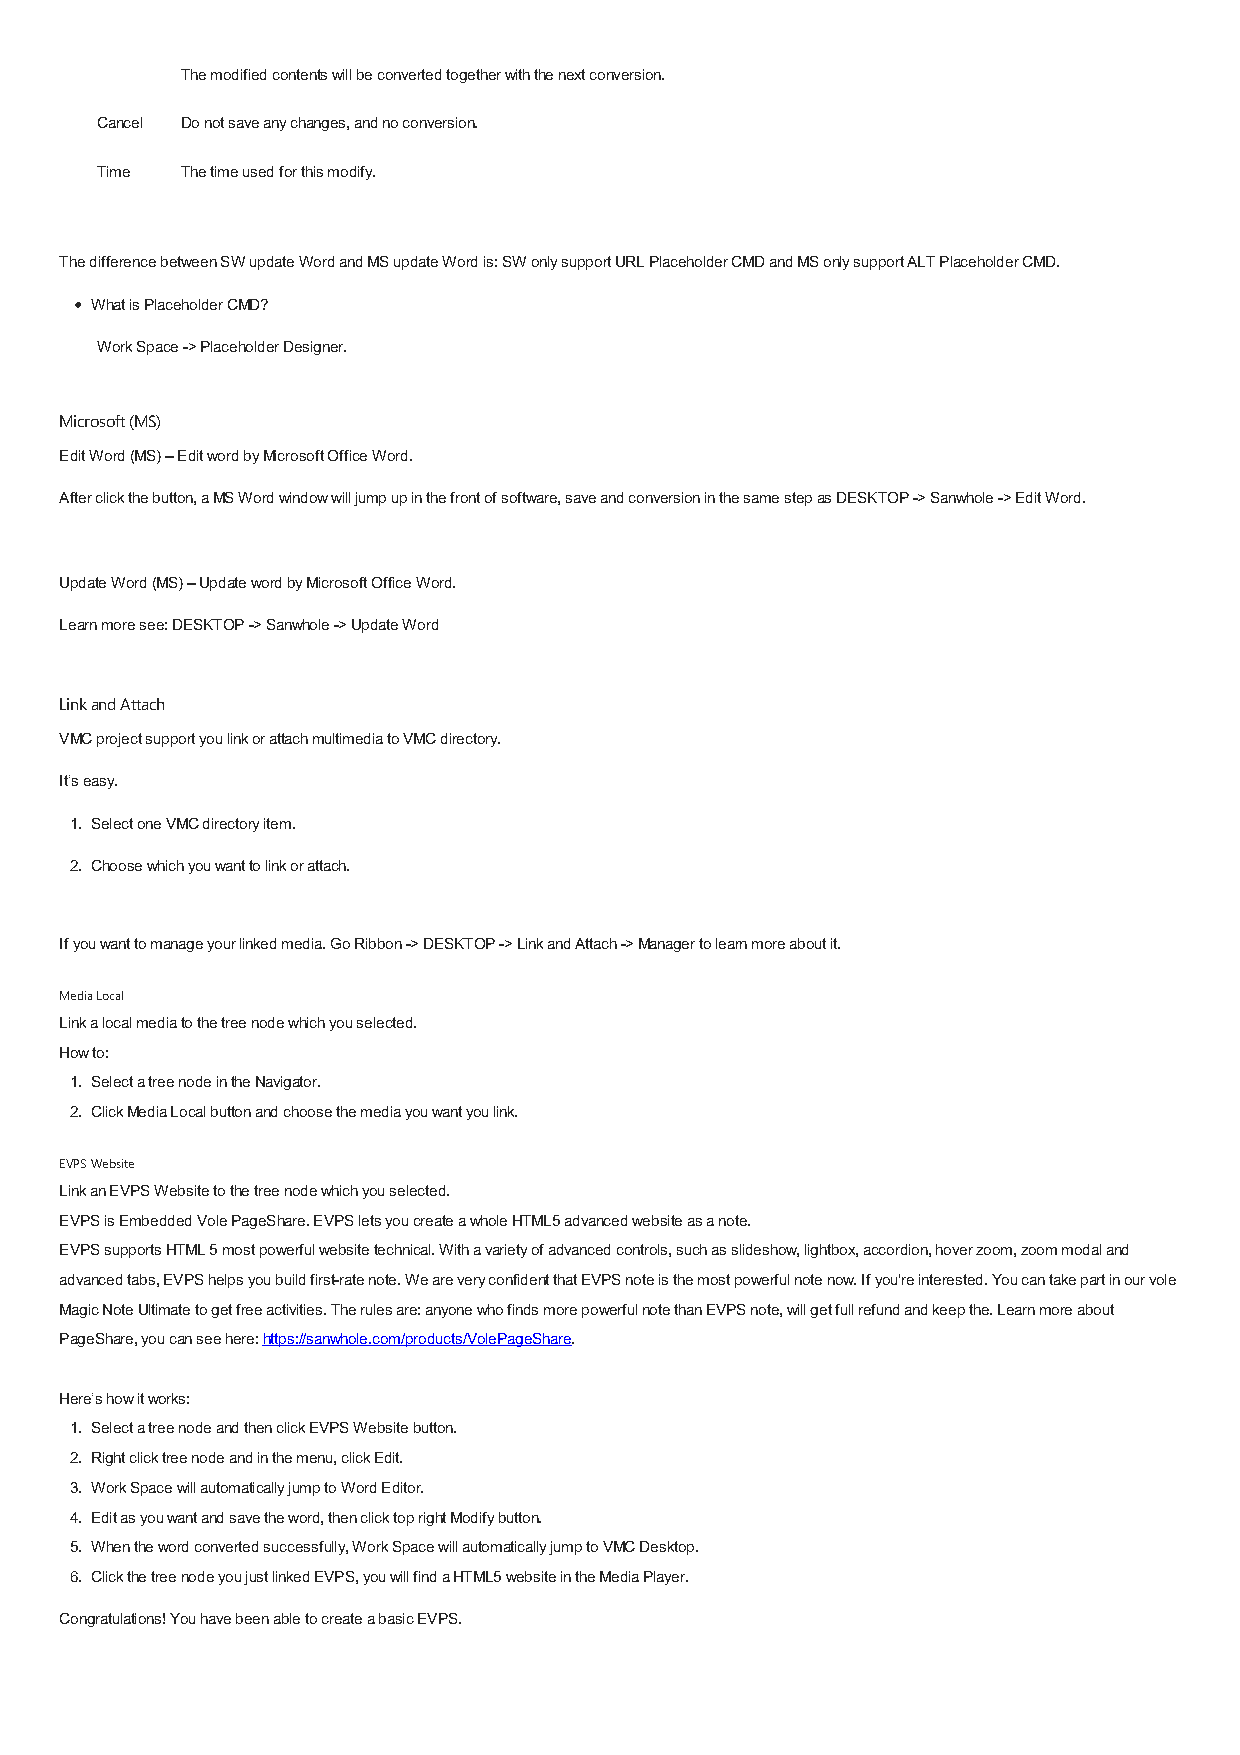
The modified contents will be converted together with the next conversion.
 Cancel Do not save any changes, and no conversion.
 Time  The time used for this modify.
 The difference between SW update Word and MS update Word is: SW only support URL Placeholder CMD and MS only support ALT Placeholder CMD.
 What is Placeholder CMD?
 Work Space -> Placeholder Designer.
 Microsoft (MS)
 Edit Word (MS) – Edit word by Microsoft Office Word.
 After click the button, a MS Word window will jump up in the front of software, save and conversion in the same step as DESKTOP -> Sanwhole -> Edit Word.
 Update Word (MS) – Update word by Microsoft Office Word.
 Learn more see: DESKTOP -> Sanwhole -> Update Word
 Link and Attach
 VMC project support you link or attach multimedia to VMC directory.
 It’s easy.
 1. Select one VMC directory item.
 2. Choose which you want to link or attach.
 If you want to manage your linked media. Go Ribbon -> DESKTOP -> Link and Attach -> Manager to learn more about it.
 Media Local
 Link a local media to the tree node which you selected.
 How to:
 1. Select a tree node in the Navigator.
 2. Click Media Local button and choose the media you want you link.
 EVPS Website
 Link an EVPS Website to the tree node which you selected.
 EVPS is Embedded Vole PageShare. EVPS lets you create a whole HTML5 advanced website as a note.
 EVPS supports HTML 5 most powerful website technical. With a variety of advanced controls, such as slideshow, lightbox, accordion, hover zoom, zoom modal and
 advanced tabs, EVPS helps you build first-rate note. We are very confident that EVPS note is the most powerful note now. If you're interested. You can take part in our vole
 Magic Note Ultimate to get free activities. The rules are: anyone who finds more powerful note than EVPS note, will get full refund and keep the. Learn more about
 PageShare, you can see here: https://sanwhole.com/products/VolePageShare.
 Here’s how it works:
 1. Select a tree node and then click EVPS Website button.
 2. Right click tree node and in the menu, click Edit.
 3. Work Space will automatically jump to Word Editor.
 4. Edit as you want and save the word, then click top right Modify button.
 5. When the word converted successfully, Work Space will automatically jump to VMC Desktop.
 6. Click the tree node you just linked EVPS, you will find a HTML5 website in the Media Player.
 Congratulations! You have been able to create a basic EVPS.